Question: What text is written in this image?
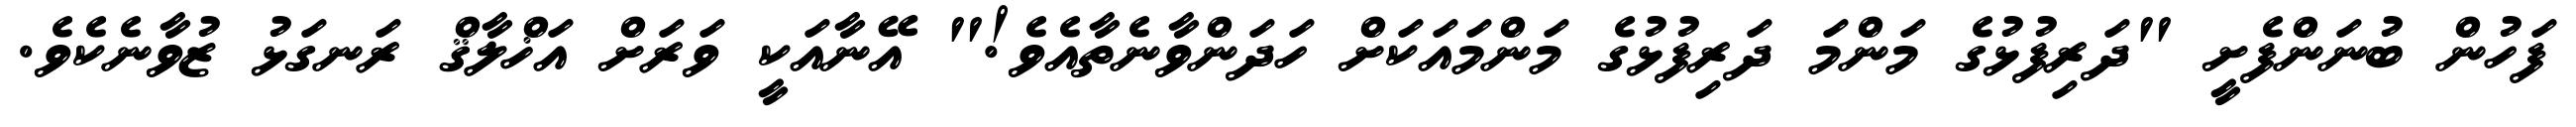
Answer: ފަހުން ބުނަންފެށީ "ދަރިފުޅުގެ މަންމަ ދަރިފުޅުގެ މަންމައަކަށް ހަދަންވާނެތާއެވެ!" އޭނާއަކީ ވަރަށް އަޚްލާޤް ރަނގަޅު ޒުވާނެކެވެ.